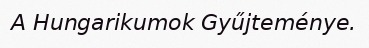
A Hungarikumok Gyűjteménye.